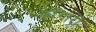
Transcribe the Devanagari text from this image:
काँगारी